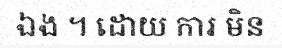
ឯង ។ ដោយ ការ មិន